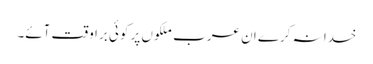
خدا نہ کرے ان عرب ملکوں پر کوئی برا وقت آئے۔